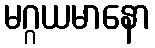
မဂ္ဂယမာနော